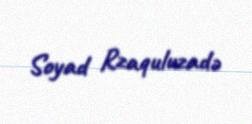
Soyad Rzaquluzadə